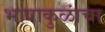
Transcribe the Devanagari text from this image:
भाषाकुळांचा